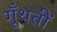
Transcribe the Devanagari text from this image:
गूँथतीं